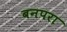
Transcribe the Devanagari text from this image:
बनपरा